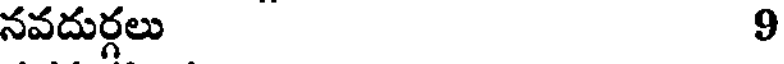
నవదుర్గలు 9